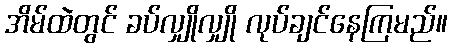
အိမ်ထဲတွင် ခပ်လျှိုလျှို လုပ်ချင်နေကြမည်။